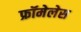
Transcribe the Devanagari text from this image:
फ्रॉमेलेस